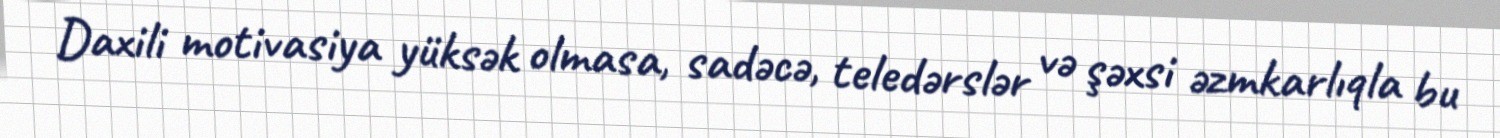
Daxili motivasiya yüksək olmasa, sadəcə, teledərslər və şəxsi əzmkarlıqla bu